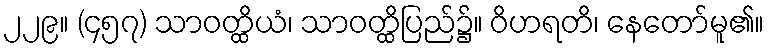
၂၂၉။ (၄၅၇) သာဝတ္ထိယံ၊ သာဝတ္ထိပြည်၌။ ဝိဟရတိ၊ နေတော်မူ၏။